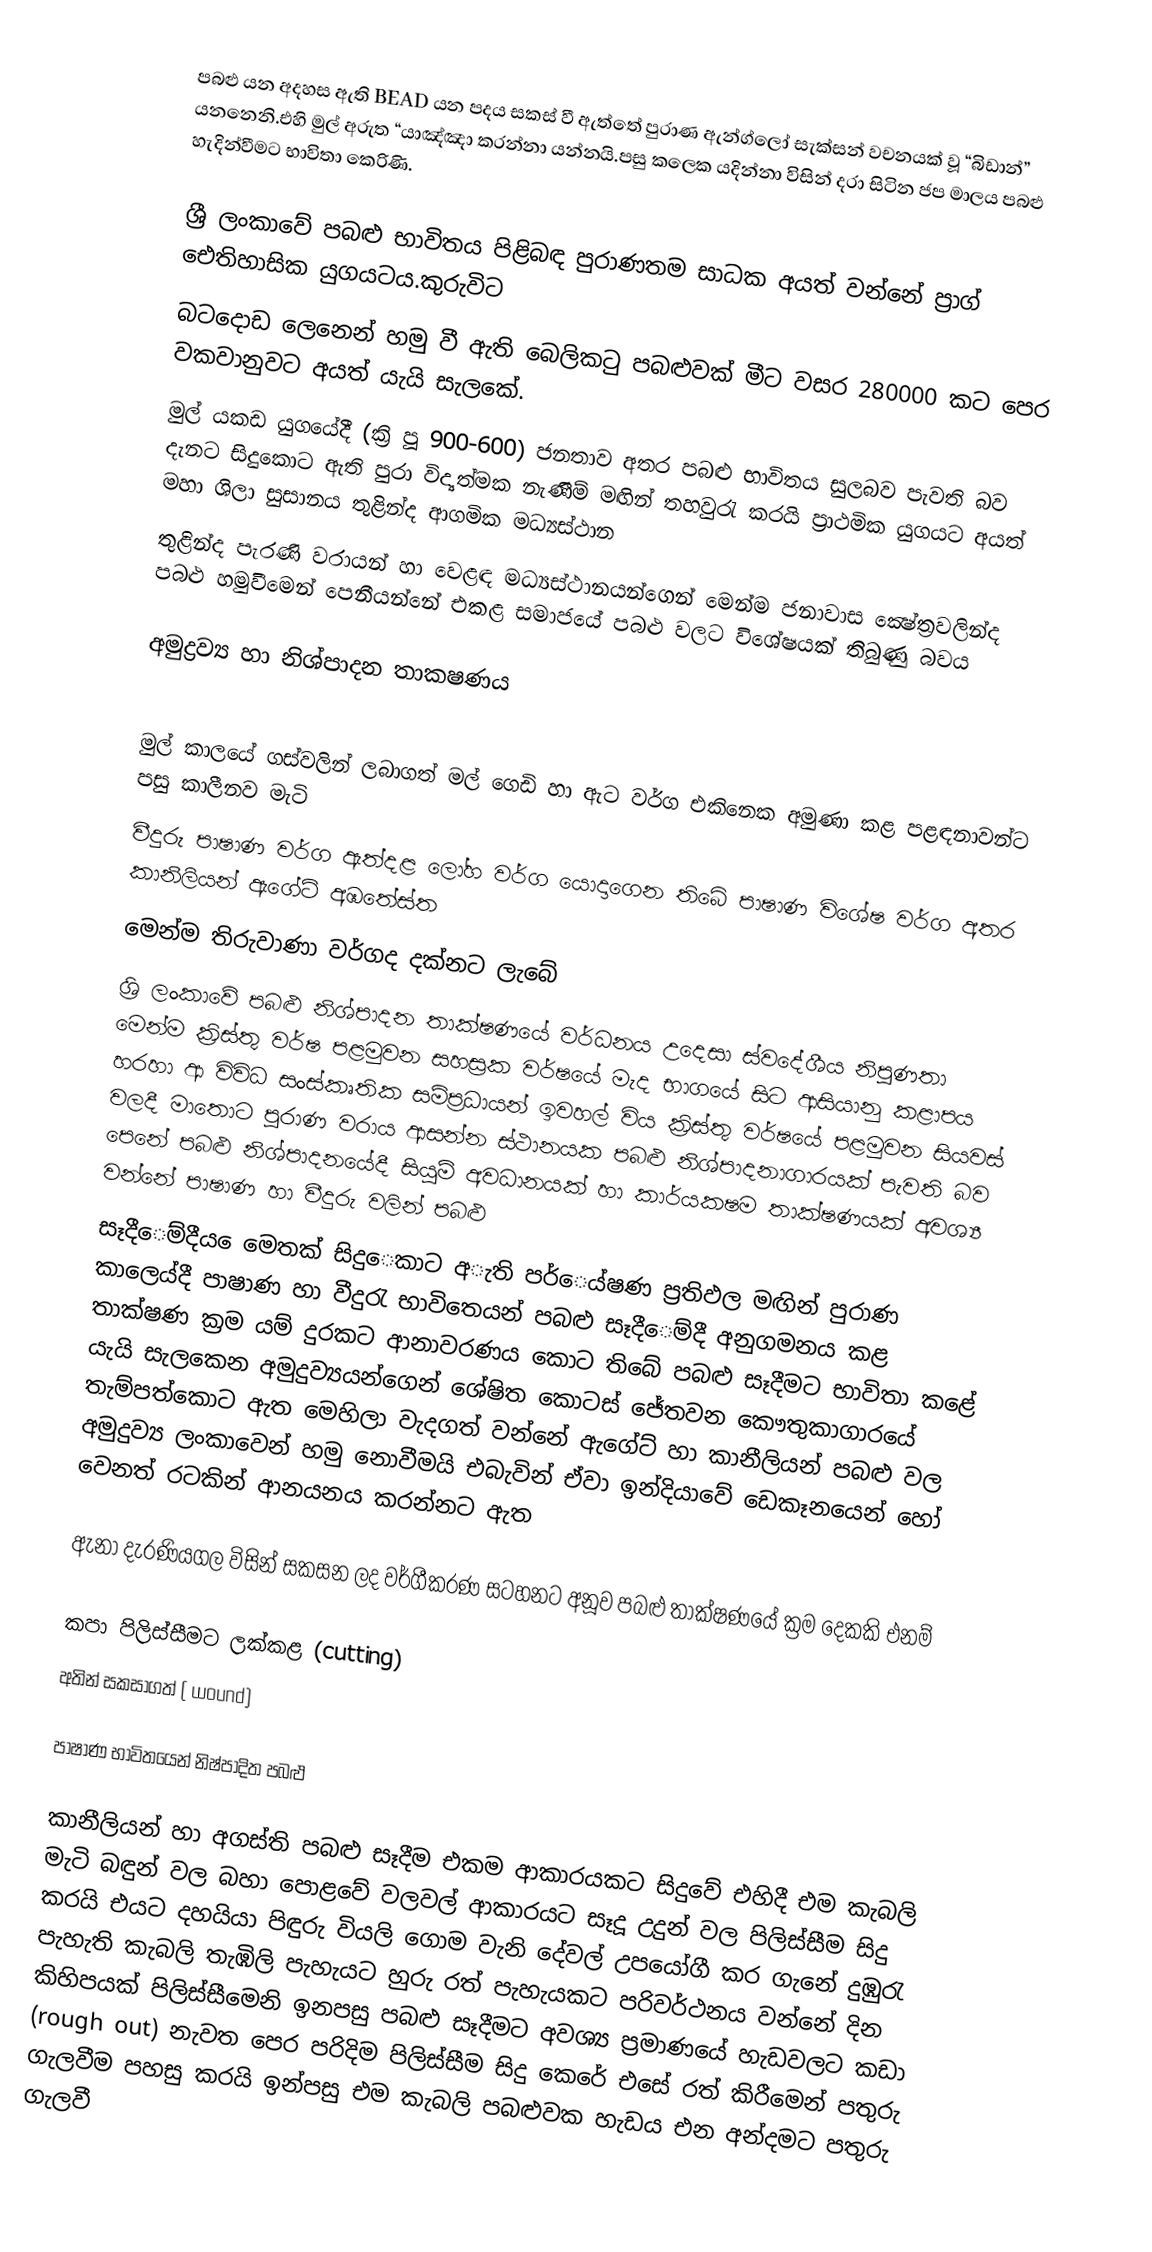
පබළු යන අදහස ඇති BEAD යන පදය සකස් වී ඇත්තේ පුරාණ ඇන්ග්ලෝ සැක්සන් වචනයක් වූ “බිඩාන්” යනනෙනි.එහි මුල් අරුත “යාඤ්ඤා කරන්නා යන්නයි.පසු කලෙක යදින්නා විසින් දරා සිටින ජප මාලය පබළු හැදින්වීමට භාවිතා කෙරිණි.

ශ්‍රී ලංකාවේ පබළු භාවිතය පිළිබඳ පුරාණතම සාධක අයත් වන්නේ  ප්‍රාග් ඓතිහාසික යුගයටය.කුරුවිට
බටදොඩ ලෙනෙන් හමු වී ඇති බෙලිකටු පබළුවක් මීට වසර 280000 කට පෙර වකවානුවට අයත් යැයි සැලකේ.
මුල් යකඩ යුගයේදී (ක්‍රි පූ 900-600) ජනතාව අතර පබළු භාවිතය සුලබව පැවති බව දැනට සිදුකොට ඇති පුරා විද්‍යත්මක නැණීම් මඟින් තහවුරැ කරයි ප්‍රාථමික යුගයට අයත් මහා ශිලා සුසානය තුළින්ද ආගමික මධ්‍යස්ථාන
තුළින්ද පැරණි වරායන් හා වෙළඳ මධ්‍යස්ථානයන්ගෙන් මෙන්ම ජනාවාස ‍‍ක්‍ෂේත්‍රවලින්ද පබළු හමුවීමෙන් පෙනීයන්නේ එකළ සමාජයේ පබළු වලට විශේෂයක් තිබුණු බවය

අමුද්‍රව්‍ය හා නිශ්පාදන තාක‍ෂණය

මුල් කාලයේ ගස්වලින් ලබාගත් මල් ගෙඩි හා ඇට වර්ග එකිනෙක අමුණා කළ පළඳනාවන්ට පසු කාලීනව මැටි
වීදුරු පාෂාණ වර්ග ඇත්දළ ලෝහ වර්ග යොදාගෙන ති‍බේ පාෂාණ විශේෂ වර්ග අතර කානිලියන් ඇගේට් අඹතේස්ත
මෙන්ම තිරුවාණා වර්ගද දක්නට ලැබේ
ශ්‍රි ලංකාවේ පබළු නිශ්පාදන තාක්ෂණයේ වර්ධනය උදෙසා ස්වදේශීය නිපුණතා මෙන්ම ක්‍රිස්තු වර්ෂ පළමුවන සහස්‍රක වර්ෂයේ මැද භාගයේ සිට ආසියානු කළාපය හරහා ආ විවිධ සංස්කෘතික සම්ප්‍රධායන් ඉවහල් විය ක්‍රිස්තු වර්ෂයේ පළමුවන සියවස් වලදී මාතොට පුරාණ වරාය ආසන්න ස්ථානයක පබළු නිශ්පාදනාගාරයක් පැවති බව පෙනේ පබළු නිශ්පාදනයේදී සියුම් අවධානයක් හා කාර්යක‍ෂම තාක‍්ෂණයක් අවශ්‍ය වන්නේ පාෂාණ හා වීදුරු වලින් පබළු
සෑදීෙම්දීය ෙමෙතක් සිදුෙකාට අැති පර්ෙය්ෂණ ප්‍රතිඵල මඟින් පුරාණ කාලෙය්දී පාෂාණ හා වීදුරැ භාවිතෙයන් පබළු සෑදීෙම්දී අනුගමනය කළ තාක්ෂණ ක්‍රම යම් දුරකට ආනාවරණය කොට තිබේ පබළු සෑදීමට භාවිතා කළේ යැයි සැලකෙන අමුදුව්‍යයන්ගෙන් ශේෂිත කොටස් ජේතවන කෞතුකාගාරයේ තැම්පත්කොට ඇත මෙහිලා වැදගත් වන්නේ ඇගේට් හා කානීලියන් පබළු වල අමුදුව්‍ය ලංකාවෙන් හමු නොවීමයි එබැවින් ඒවා ඉන්දියාවේ ඩෙකෑනයෙන් හෝ වෙනත් රටකින් ආනයනය කරන්නට ඇත

ඇනා දැරණියගල විසින් සකසන ලද වර්ගීකරණ සටහනට අනූව පබළු තාක්ෂණයේ ක්‍රම දෙකකි එනම්

	කපා පිලිස්සීමට ලක්කළ (cutting)
	අතින් සකසාගත් 	( wound)

පාෂාණ භාවිතයෙන් නිෂ්පාදිත පබළු

කානීලියන් හා අගස්ති පබළු සෑදීම එකම ආකාරයකට සිදුවේ එහිදී එම කැබලි මැටි බඳුන් වල බහා පොළවේ වලවල් ආකාරයට සෑදූ උදුන් වල පිලිස්සීම සිදු කරයි එයට දහයියා පිඳුරු වියලි ගොම වැනි දේවල් උපයෝගී කර ගැනේ දුඹුරැ පැහැති කැබලි තැඹිලි පැහැයට හුරු රත් පැහැයකට පරිවර්ථනය වන්නේ දින කිහිපයක් පිලිස්සීමෙනි ඉනපසු පබළු සෑදීමට අවශ්‍ය ප්‍රමාණයේ හැඩවලට කඩා (rough out) නැවත පෙර පරිදිම පිලිස්සීම සිදු කෙරේ එසේ රත් කිරීමෙන් පතුරු ගැලවීම පහසු කරයි ඉන්පසු එම කැබලි පබළුවක හැඩය එන අන්දමට පතුරු ගැලවී